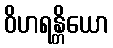
ဝိဟရန္တိယော